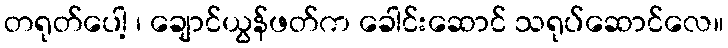
တရုတ်ပေါ့ ၊ ချောင်ယွန်ဖတ်က ခေါင်းဆောင် သရုပ်ဆောင်လေ။